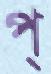
প্